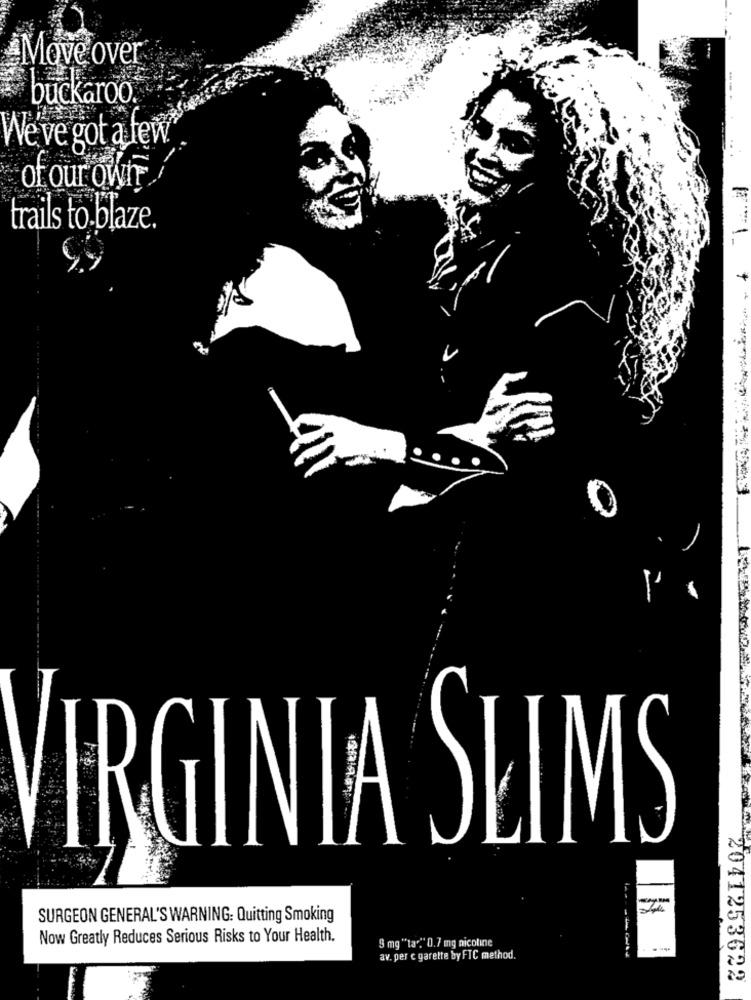
Move over
buckaroo
We've got a few
ofourowi
trails to-blaze.
VIRGINIA SLIMS
SURGEON GENERAL'S WARNING: Quitting Smoking
Now Greatly Reduces Serious Risks to Your Health.
5 mg "ta""" 0.7 mg nicotine
av. per c garette by FTC method.
2041253622